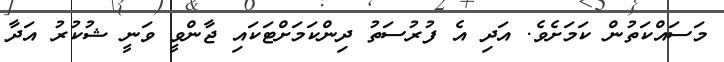
މަސައްކަތުން ކަމަށެވެ. އަދި އެ ފުރުސަތު ދިންކަމަށްޓަކައި ޖާންވީ ވަނީ ޝުކުރު އަދާ